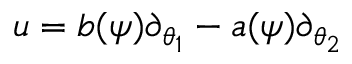
u = b ( \psi ) \partial _ { \theta _ { 1 } } - a ( \psi ) \partial _ { \theta _ { 2 } }